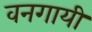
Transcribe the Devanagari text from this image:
वनगायी